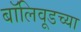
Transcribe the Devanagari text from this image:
बॉलिवूडच्या